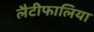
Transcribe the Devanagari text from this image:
लैटीफालिया